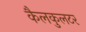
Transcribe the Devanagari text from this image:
कैलकुलटर